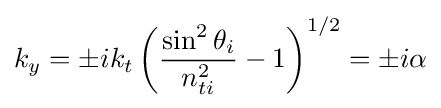
k_{y}=\pm ik_{t}\left({\frac {\sin ^{2}\theta _{i}}{n_{ti}^{2}}}-1\right)^{1/2}=\pm i\alpha